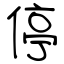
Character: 停